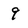
Character: 9